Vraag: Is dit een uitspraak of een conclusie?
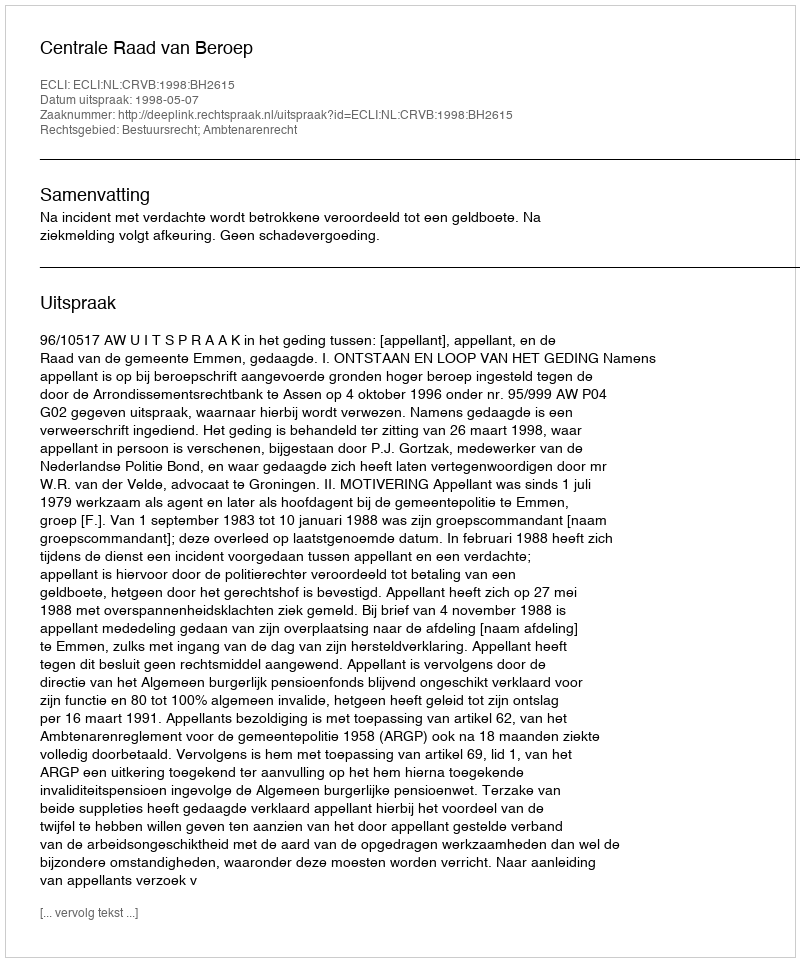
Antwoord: Uitspraak